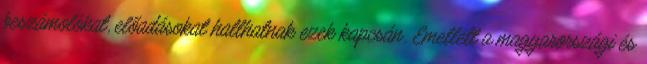
beszámolókat, előadásokat hallhatnak ezek kapcsán. Emellett a magyarországi és